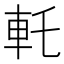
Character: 𰹊